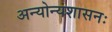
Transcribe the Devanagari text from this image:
अन्योन्यशासनः